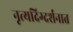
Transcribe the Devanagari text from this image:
नृत्यदिग्दर्शनात